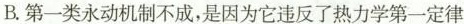
B.第一类永动机制不成，是因为它违反了热力学第一定律